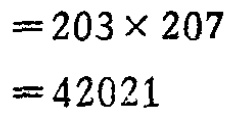
\[

\begin{align*}

&=203\times 207\\

&=42021

\end{align*}

\]